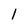
Character: 1